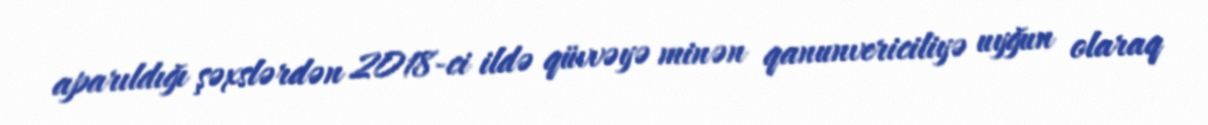
aparıldığı şəxslərdən 2018-ci ildə qüvvəyə minən qanunvericiliyə uyğun olaraq